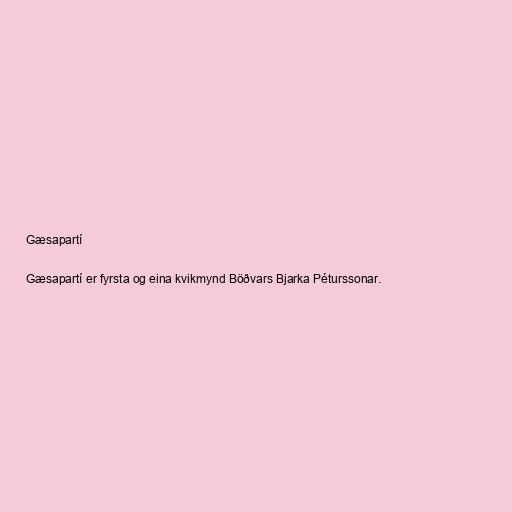
Gæsapartí

Gæsapartí er fyrsta og eina kvikmynd Böðvars Bjarka Péturssonar.